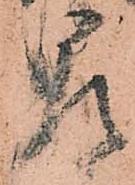
即